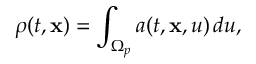
\rho ( t , \mathbf { x } ) = \int _ { \Omega _ { p } } a ( t , \mathbf { x } , u ) \, d u ,